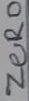
Text: ZERO